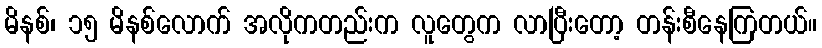
မိနစ်၊ ၁၅ မိနစ်လောက် အလိုကတည်းက လူတွေက လာပြီးတော့ တန်းစီနေကြတယ်။